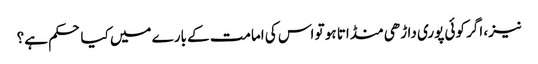
نیز، اگر کوئی پوری داڑھی منڈاتا ہو تو اس کی امامت کے بارے میں کیا حکم ہے؟